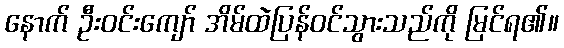
နောက် ဦးဝင်းကျော် အိမ်ထဲပြန်ဝင်သွားသည်ကို မြင်ရ၏။